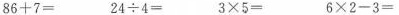
$$8 6 + 7 =$$ $$2 4 \div 4 =$$ $$3 \times 5 =$$ $$6 \times 2 - 3 =$$